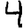
Digit: 4